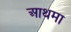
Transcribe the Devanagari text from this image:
आथमा